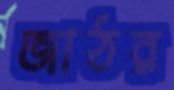
জাঠর